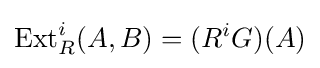
\operatorname {Ext} _{R}^{i}(A,B)=(R^{i}G)(A)